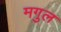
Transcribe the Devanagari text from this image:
मगुल